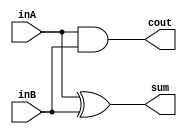
`timescale 1ns / 1ps
//////////////////////////////////////////////////////////////////////////////////
// Company: 
// Engineer: 
// 
// Design Name: 
// Module Name:    half_adder 
// Project Name: 
// Target Devices: 
// Tool versions: 
// Description: 
//
// Dependencies: 
//
// Revision: 
// Revision 0.01 - File Created
// Additional Comments: 
//
//////////////////////////////////////////////////////////////////////////////////
module half_adder(
	inA, inB, sum, cout
    );
	 
	 // Assigning ports as in/out
	 input inA, inB;
	 output sum, cout;
	 
	// Logic
	and g1(cout, inA, inB);
	xor g2(sum, inA, inB);

endmodule